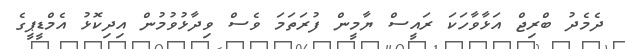
ދެމެދު ބްރިޖް އަޅާވާހަކަ ރައީސް ޔާމީން ފުރަތަމަ ވެސް ވިދާޅުވުމުން އިދިކޮޅު އެމްޑީޕީގެ